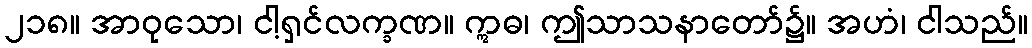
၂၁၈။ အာဝုသော၊ ငါ့ရှင်လက္ခဏ။ ဣဓ၊ ဤသာသနာတော်၌။ အဟံ၊ ငါသည်။